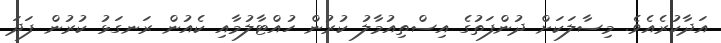
އަދާކުރެއެވެ. މިސާލަކަށް ދުންފަތުގެ އިސްތިއުމާލު ކުރުން ހުއްޓާލުމާއި ކެއުން ރަނގަޅު ކުރުން ފަދަ